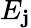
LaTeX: E_{\mathbf{j}}